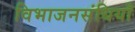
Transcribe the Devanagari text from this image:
विभाजनसंधियाँ